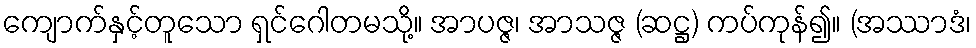
ကျောက်နှင့်တူသော ရှင်ဂေါတမသို့။ အာပဇ္ဇ၊ အာသဇ္ဇ (ဆဋ္ဌ) ကပ်ကုန်၍။ (အဿာဒံ၊